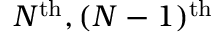
N ^ { \mathrm { t h } } , ( N - 1 ) ^ { \mathrm { t h } }